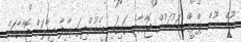
ނޫން ނޫން. ޕްލީޒް. މަޑުމަޑުން ޖޮއާނާގެ ގައިގައި ބީހެމުންދިޔަ އާކިފާ ދިމާލަށް ޖޮއާނާއަށް